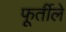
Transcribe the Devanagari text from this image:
फूर्तीले